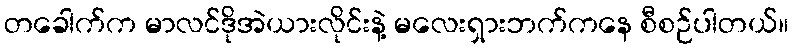
တခေါက်က မာလင်ဒိုအဲယားလိုင်းနဲ့ မလေးရှားဘက်ကနေ စီစဉ်ပါတယ်။